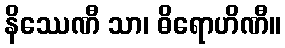
နိဿေဏီ သာ၊ ဓိရောဟိဏီ။